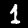
Label: 1